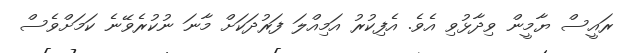
ރައީސް ޔާމީން ވިދާޅުވި އެވެ. އެފިކުރު އަމިއްލަ ފަރުދަކަށް މާނަ ނުކުރެވޭނެ ކަމަށްވެސް